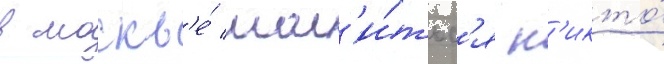
в москв'е́ мол'и́тьс'я н'икто́